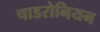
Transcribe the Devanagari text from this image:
चाडरोनियन